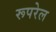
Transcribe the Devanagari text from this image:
रूपरेल